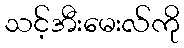
သင့်အီးမေးလ်ကို